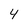
Character: 4